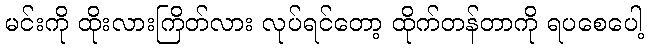
မင်းကို ထိုးလားကြိတ်လား လုပ်ရင်တော့ ထိုက်တန်တာကို ရပစေပေါ့